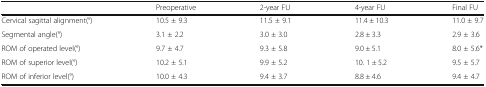
|  | Preoperative | 2-year FU | 4-year FU | Final FU |
 | --- | --- | --- | --- | --- |
 | Cervical sagittal alignment(°) | 10.5 ± 9.3 | 11.5 ± 9.1 | 11.4 ± 10.3 | 11.0 ± 9.7 |
 | Segmental angle(°) | 3.1 ± 2.2 | 3.0 ± 3.0 | 2.8 ± 3.3 | 2.9 ± 3.6 |
 | ROM of operated level(°) | 9.7 ± 4.7 | 9.3 ± 5.8 | 9.0 ± 5.1 | 8.0 ± 5.6* |
 | ROM of superior level(°) | 10.2 ± 5.1 | 9.9 ± 5.2 | 10. 1 ± 5.2 | 9.5 ± 5.7 |
 | ROM of inferior level(°) | 10.0 ± 4.3 | 9.4 ± 3.7 | 8.8 ± 4.6 | 9.4 ± 4.7 |